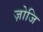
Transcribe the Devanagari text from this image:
ज़ोजि